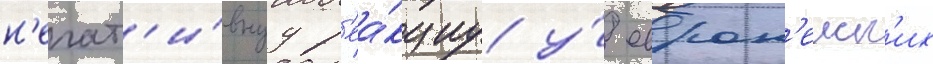
н'егат'и́внуу р'еа́кциу у́ европ'еиск'их